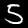
Label: 5